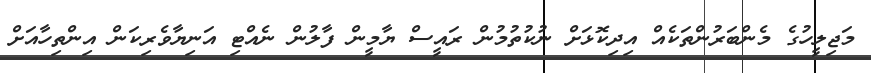
މަޖިލީހުގެ މެންބަރުންތަކެއް އިދިކޮޅަށް ނުކުތުމުން ރައީސް ޔާމީން ފާލުން ނެއްޓި އަނިޔާވެރިކަން އިންތިހާއަށް